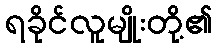
ရခိုင်လူမျိုးတို့၏